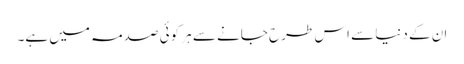
ان کے دنیا سے اس طرح جانے سے ہر کوئی صدمہ میں ہے۔